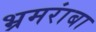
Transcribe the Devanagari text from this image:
भ्रमरांबा